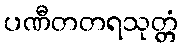
ပဏီတတရသုတ္တံ